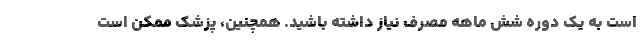
است به یک دوره شش ماهه مصرف نیاز داشته باشید. همچنین، پزشک ممکن است